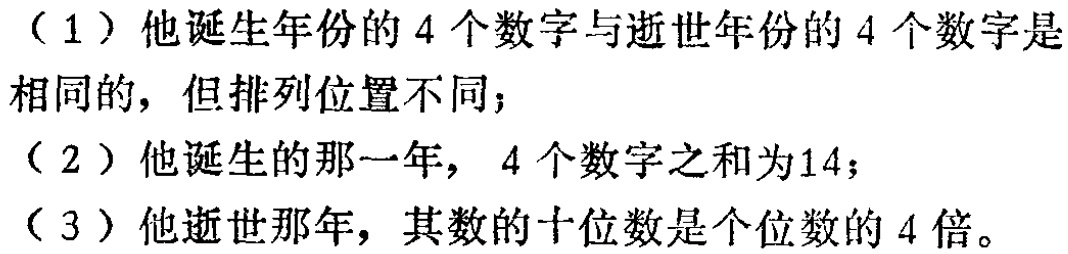
（1）他诞生年份的4个数字与逝世年份的4个数字是相同的，但排列位置不同；

（2）他诞生的那一年，4个数字之和为14；

（3）他逝世那年，其数的十位数是个位数的4倍。